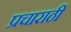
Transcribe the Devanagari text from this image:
प्रचाराठी